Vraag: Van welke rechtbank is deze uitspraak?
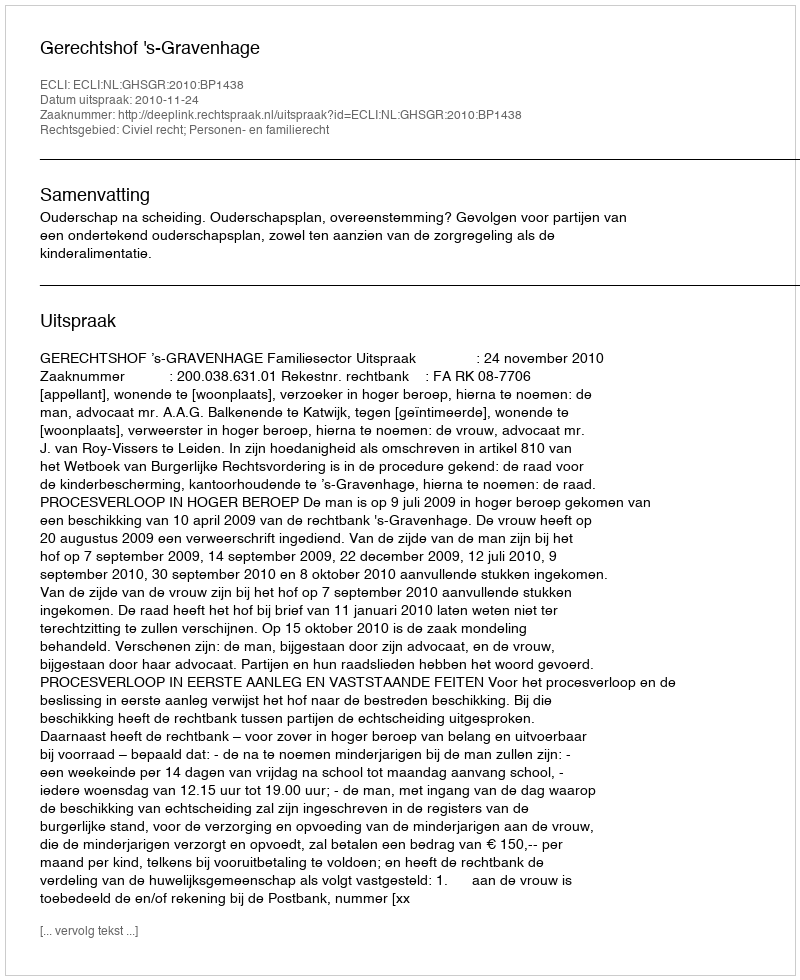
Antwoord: Gerechtshof 's-Gravenhage